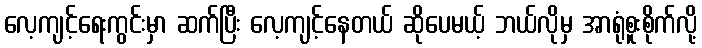
လေ့ကျင့်ရေးကွင်းမှာ ဆက်ပြီး လေ့ကျင့်နေတယ် ဆိုပေမယ့် ဘယ်လိုမှ အာရုံစူးစိုက်လို့